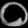
Digit: ၀